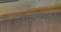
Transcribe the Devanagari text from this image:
वाडग्यातून